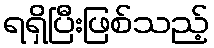
ရရှိပြီးဖြစ်သည့်